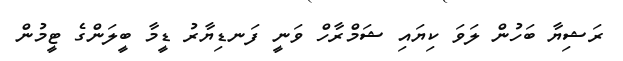
ރަޝިޔާ ބަހުން ލަވަ ކިޔައި ޝަމްރާހް ވަނީ ފަނޑިޔާރު ޑީމާ ބީލަންގެ ޓީމުން